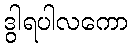
ဒွါရပါလကော